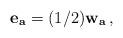
\begin{align*} {\bf e_a}= (1/2){\bf w_a}\, ,\end{align*}